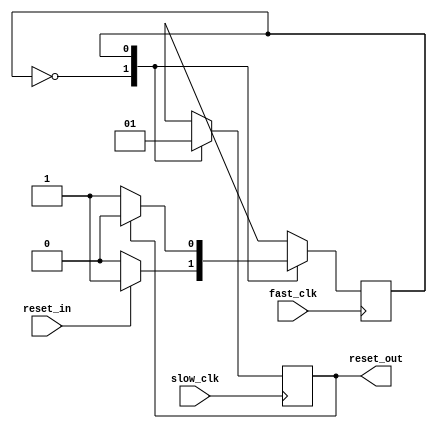
`timescale 1ns / 1ps
////////////////////////////////////////////////////////////////////////////////
// Company: 
// Engineer:
//
// Design Name:    
// Module Name:    sync_reset
// Project Name:   
// Target Device:  
// Tool versions:  
// Description:  Given a reset input that is only one fast clock period long, 
//               generate a reset output that is synchronized to a slower clock.
//
// Dependencies:
// 
// Revision:
// Revision 0.01 - File Created
// Additional Comments:
// 
////////////////////////////////////////////////////////////////////////////////
module sync_reset(fast_clk, slow_clk, reset_in, reset_out);
    input fast_clk;
    input slow_clk;
    input reset_in;
    output reset_out;

	 reg reset_out;
	 reg reset_presync;
	 reg cs, ns;

	 parameter WAITF1=1'b0, WAITS1=1'b1;

	 always @(posedge fast_clk)
	   cs <= ns;

    always @(posedge slow_clk)
	   reset_out <= reset_presync;

    always @(reset_in or cs or reset_out)
	   begin
		  reset_presync = 1'b0;
		  case (cs)
		    WAITF1:	// wait for reset_input to go high
			   begin
				  if (reset_in) ns = WAITS1;
				  else ns = WAITF1;
            end
          WAITS1: // wait for slow clock to change reset_out
			   begin
				  reset_presync = 1'b1;
				  if (reset_out) ns = WAITF1;
				  else ns = WAITS1;
				end
        endcase
      end // always


endmodule